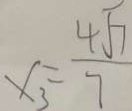
x _ { 3 } = \frac { 4 \sqrt { 7 } } { 7 }